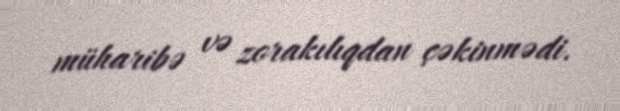
müharibə və zorakılıqdan çəkinmədi.